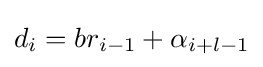
d_{i}=br_{i-1}+\alpha _{i+l-1}